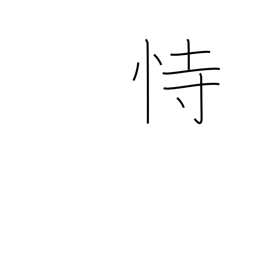
Meaning: depend on